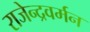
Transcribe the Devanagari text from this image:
राजेन्द्रवर्मन